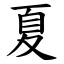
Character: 夏